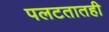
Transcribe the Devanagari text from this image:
पलटतातही